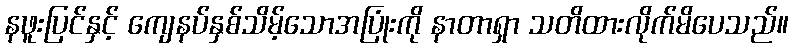
နဖူးပြင်နှင့် ကျေနပ်နှစ်သိမ့်သောအပြုံးကို နာတာရှာ သတိထားလိုက်မိပေသည်။